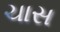
ચાસ